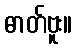
ဓာတ်ဗူး။